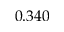
0 . 3 4 0